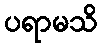
ပရာမသိ